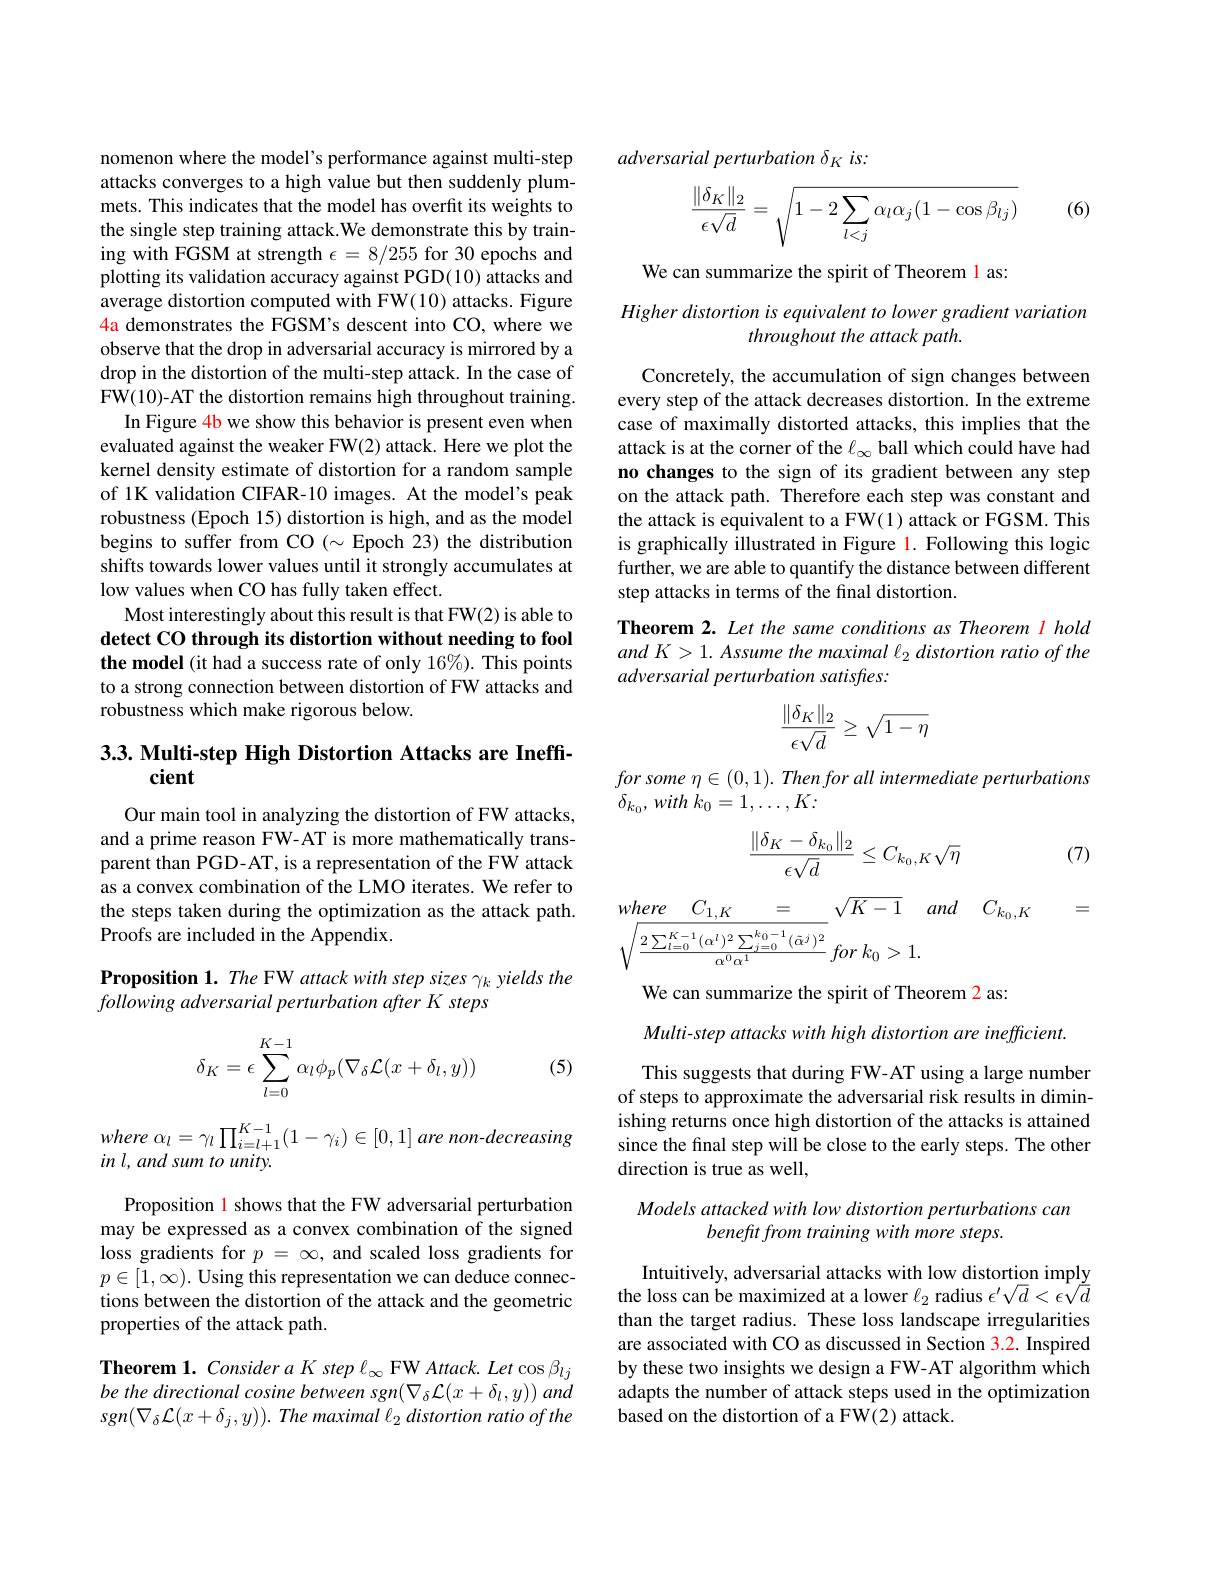
nomenon where the model's performance against multi-step attacks converges to a high value but then suddenly plummets. This indicates that the model has overfit its weights to the single step training attack.We demonstrate this by training with FGSM at strength $\epsilon=8/255$ for 30 epochs and plotting its validation accuracy against PGD(10) attacks and average distortion computed with FW(10) attacks. Figure 4a demonstrates the FGSM's descent into CO, where we observe that the drop in adversarial accuracy is mirrored by a drop in the distortion of the multi-step attack. In the case of FW(10)-AT the distortion remains high throughout training.
In Figure 4b we show this behavior is present even when evaluated against the weaker FW(2) attack. Here we plot the kernel density estimate of distortion for a random sample of 1K validation CIFAR-10 images. At the model's peak robustness (Epoch 15) distortion is high, and as the model begins to suffer from CO $(\sim$Epoch 23) the distribution shifts towards lower values until it strongly accumulates at low values when CO has fully taken effect.
Most interestingly about this result is that FW(2) is able to detect CO through its distortion without needing to fool the model (it had a success rate of only 16%). This points to a strong connection between distortion of FW attacks and robustness which make rigorous below.

## 3.3. Multi-step High Distortion Attacks are Ineffcient

Our main tool in analyzing the distortion of FW attacks, and a prime reason FW-AT is more mathematically transparent than PGD-AT, is a representation of the FW attack as a convex combination of the LMO iterates. We refer to the steps taken during the optimization as the attack path. Proofs are included in the Appendix.

Proposition 1. The FW attack with step sizes $\gamma_k$ yields the
following adversarial perturbation after K steps
$$\delta_K=\epsilon\sum\limits_{l=0}^{K-1}\alpha_l\phi_p(\nabla_\delta\mathcal{L}(x+\delta_l,y))$$
(5)

where $\alpha _{l}= \gamma _{l}\prod _{i= l+ 1}^{K- 1}( 1- \gamma _{i}) \in [ 0, 1]$ are non-decreasing
in l, and sum to unity.

Proposition l shows that the FW adversarial perturbation may be expressed as a convex combination of the signed loss gradients for $p=\infty$, and scaled loss gradients for $p\in[1,\infty).$ Using this representation we can deduce connections between the distortion of the attack and the geometric properties of the attack path.

Theorem 1. Consider a K step l $_\infty$ FW Attack. Let cos $\beta_lj$ be the directional cosine between sgn$( \nabla _\delta \mathcal{L} ( x+ \delta _l, y) ) \textit{and}$ $sgn(\nabla_{\delta}\mathcal{L}(x+\delta_{j},y)).$ The maximal $\ell_2$ distortion ratio of the

adversarial perturbation $\delta_K$ is:

(6)
$$\dfrac{\|\delta_K\|_2}{\epsilon\sqrt{d}}=\sqrt{1-2\sum_{l<j}\alpha_l\alpha_j(1-\cos\beta_{lj})}$$
We can summarize the spirit of Theorem l as:

Higher distortion is equivalent to lower gradient variation
throughout the attack path

Concretely, the accumulation of sign changes between every step of the attack decreases distortion. In the extreme case of maximally distorted attacks, this implies that the attack is at the corner of the $\ell_\infty$ ball which could have had no changes to the sign of its gradient between any step on the attack path. Therefore each step was constant and the attack is equivalent to a FW(1) attack or FGSM. This is graphically illustrated in Figure 1. Following this logic further, we are able to quantify the distance between different step attacks in terms of the final distortion.
Theorem 2. Let the same conditions as Theorem l hold and K> 1. Assume the maximal l 2 distortion ratio of the

adversarial perturbation satisfies:
$$\begin{aligned}\frac{\|\delta_K\|_2}{\epsilon\sqrt{d}}\geq\sqrt{1-\eta}\end{aligned}$$
forsome $\eta \in ( 0, 1) .$ Then for all intermediate perturbations
$\delta _{k_0}, with$ $k_0= 1, \ldots , K:$
$$\frac{\|\delta_K-\delta_{k_0}\|_2}{\epsilon\sqrt{d}}\leq C_{k_0,K}\sqrt{\eta}$$
(7)
$$\begin{aligned}&where\quad C_{1,K}\quad=\quad\sqrt{K-1}\quad and\quad C_{k_{0},K}\quad=\\&\sqrt{\frac{2\sum_{l=0}^{K-1}(\alpha^{l})^{2}\sum_{j=0}^{k_{0}-1}(\tilde{\alpha}^{j})^{2}}{\alpha^{0}\alpha^{1}}\:for\:k_{0}>1.}\end{aligned}$$
We can summarize the spirit of Theorem 2 as:
Multi-step attacks with high distortion are inefficient.

This suggests that during FW-AT using a large number of steps to approximate the adversarial risk results in diminishing returns once high distortion of the attacks is attained since the final step will be close to the early steps. The other direction is true as well,

Models attacked with low distortion perturbations can
benefit from training with more steps.

Intuitively, adversarial attacks with low distortion imply the loss can be maximized at a lower $\ell_2$ radius $\epsilon^\prime\sqrt{d}<\epsilon\sqrt{\bar{d}}$ than the target radius. These loss landscape irregularities are associated with CO as discussed in Section 3.2. Inspired by these two insights we design a FW-AT algorithm which adapts the number of attack steps used in the optimization based on the distortion of a FW(2) attack.